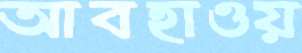
আবহাওয়